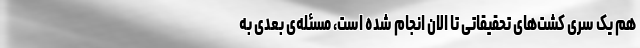
هم یک سری کشت‌های تحقیقاتی تا الان انجام شده است، مسئله‌ی بعدی به